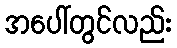
အပေါ်တွင်လည်း